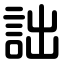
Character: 詘